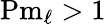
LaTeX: \textrm{Pm}_{\ell}>1